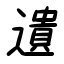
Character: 遺